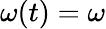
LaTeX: \omega(t)=\omega